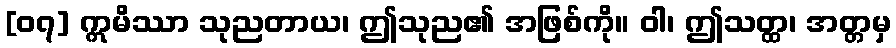
[၀၇] ဣမိဿာ သုညတာယ၊ ဤသုည၏ အဖြစ်ကို။ ဝါ၊ ဤသတ္ထ၊ အတ္တမှ